Vaccination in Bombay 1856-1862 - 1856-1862
Year: 1856
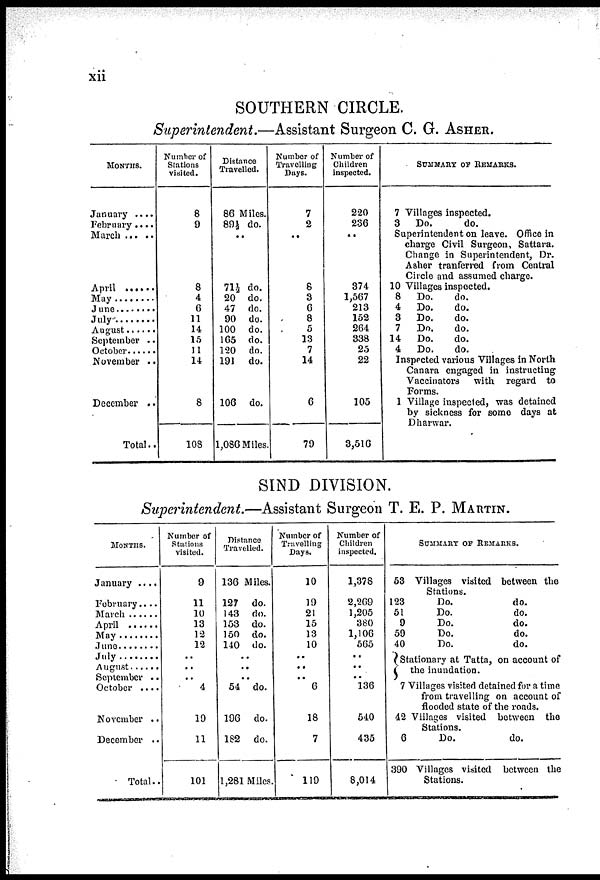
xii
SOUTHERN CIRCLE.
Superintendent.—Assistant Surgeon C. G. ASHER.
MONTHS.
January ....
February....
March
April.....
May ......
June ......
July
August ......
September ..
October ..
November ..
December ..
Total..
Number of
Stations
visited.
8
9
..
8
4
6
11
14
15
11
14
8
108
Distance
Travelled.
86 Miles.
89½ do.
..
71½ do.
20 do.
47 do.
90 do.
100 do.
165 do.
120 do.
191 do.
106 do.
1,086 Miles.
Number of
Travelling
Days.
7
2
..
8
3
6
8
5
13
7
14
6
79
Number of
Children
inspected.
220
236
..
374
1,567
213
152
264
338
25
22
105
3,516
SUMMARY OF REMARKS.
7 Villages inspected.
3
Do.
do.
Superintendent on leave. Office in
charge Civil Surgeon, Sattara.
Change in Superintendent, Dr.
Asher tranferred from Central
Circle and assumed charge.
10 Villages inspected.
8
Do.
do.
4
Do.
do.
3
Do.
do.
7
Do.
do.
14
Do.
do.
4
Do.
do.
Inspected various Villages in North
Canara engaged in instructing
Vaccinators with regard to
Forms.
1 Village inspected, was detained
by sickness for some days at
Dharwar.
SIND DIVISION.
Superintendent.—Assistant Surgeon T. E. P. MARTIN.
MONTHS.
January ....
February....
March ......
April ......
May .....
June ......
July ......
August ......
September ..
October ....
November ..
December ..
Total..
Number of
Stations
visited.
9
11
10
13
12
12
..
.. 4
19
11
101
Distance
Travelled.
136 Miles.
127 do.
143 do.
153 do.
150 do.
140 do.
..
..
..
54 do.
196 do.
182 do.
1,281 Miles.
Number of
Travelling
Days.
10
19
21
15
13
10
..
..
.. 6
18
7
119
Number of
Children
inspected.
1,378
2,269
1,205
380
1,106
565
..
..
.. 136
540
435
8,014
SUMMARY OF REMARKS.
53 Villages visited between the
Stations.
123
Do.
do.
51
Do.
do.
9
Do.
do.
59
Do.
do.
40
Do.
do.
(Stationary at Tatta, on account of
1 the inundation.
7 Villages visiter] detained for a time
from travelling on account of
flooded state of the roads.
42 Villages visited between the
Stations.
6
Do.
do.
390 Villages visited between the
Stations.